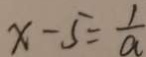
x - 5 = \frac { 1 } { a }